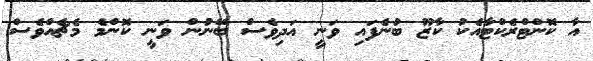
އާ ކޮންޓްރެކްޓާއެކު ކާޒޫ ބުނެފައި ވަނީ އަދިވެސް ބޭނުން ވަނީ ކޮންމެ މެޗެއްވެސް